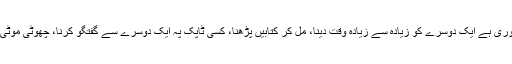
شک کو دور کرنے کےلیے سب سے زیادہ ضروری ہے ایک دوسرے کو زیادہ سے زیادہ وقت دینا، مل کر کتابیں پڑھنا، کسی ٹاپک پہ ایک دوسرے سے گفتگو کرنا، چھوٹی موٹی شرارتیں کرنا، سیر و تفریح کےلیے جانا وغیرہ۔